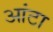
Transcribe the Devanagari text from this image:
आंटा